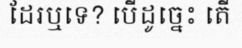
ដែរឬទេ? បើដូច្នេះ តើ